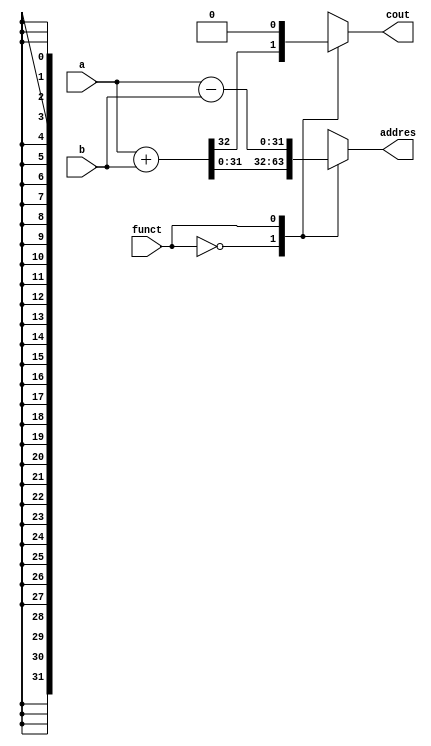
module add(input[31:0]a,b,input funct,output reg[31:0]addres,output reg cout);
reg x;
always@(*)
    begin
    case(funct)
    2'b0:
        begin
        {cout,addres}=a+b;
        end
    2'b1:
        begin
        {x,addres}=a-b;
        cout=0;
        end
    endcase
    end
endmodule